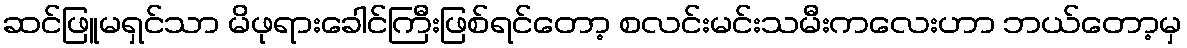
ဆင်ဖြူမရှင်သာ မိဖုရားခေါင်ကြီးဖြစ်ရင်တော့ စလင်းမင်းသမီးကလေးဟာ ဘယ်တော့မှ